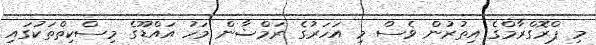
މި ޕްރޮގްރާމްގެ އިތުރުން ވެސް މި އަހަރުގެ ރަމްޟާން މަހު އައްޑޫގެ މިސްކިތްތަކުގައި